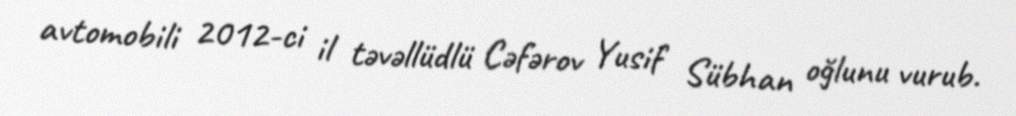
avtomobili 2012-ci il təvəllüdlü Cəfərov Yusif Sübhan oğlunu vurub.